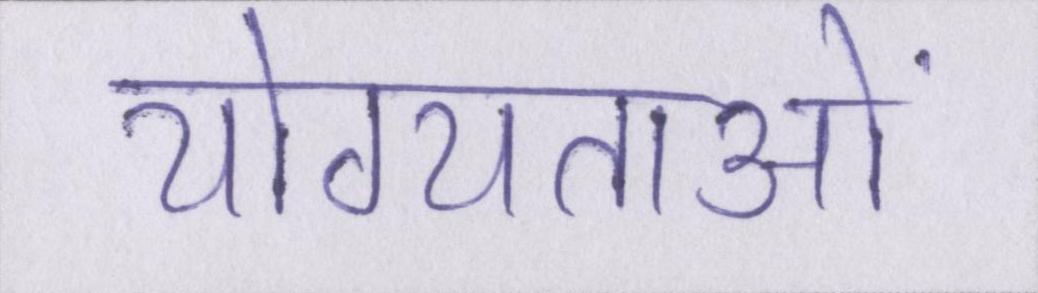
योग्यताओं